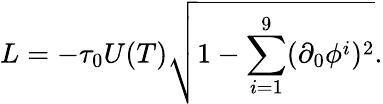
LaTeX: L=-\tau_{0}U(T)\sqrt{1-\sum_{i=1}^{9}(\partial_{0}\phi^{i})^{2}}.